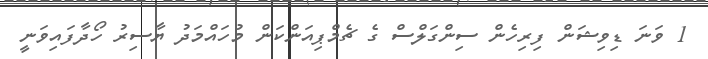
1 ވަނަ ޑިވިޝަން ފިރިހެން ސިންގަލްސް ގެ ޗެމްޕިއަންކަން މުހައްމަދު ޔާސިރު ހޯދާފައިވަނީ